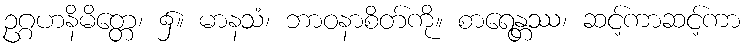
ဥဂ္ဂဟနိမိတ္တေ၊ ၌။ မာနသံ၊ ဘာဝနာစိတ်ကို။ စာရေန္တဿ၊ ဆင့်ကာဆင့်ကာ